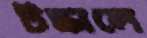
টস্‌কালে